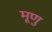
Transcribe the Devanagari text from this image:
मूणु